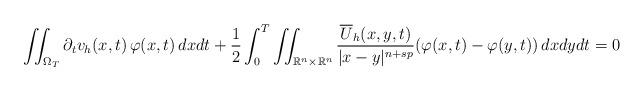
LaTeX: \begin{align*}& \iint_{\Omega_T} \partial_tv_h(x,t)\, \varphi(x,t) \,dxdt+\frac{1}{2}\int_0^T\iint_{\mathbb{R}^n \times \mathbb{R}^n}\dfrac{\overline{U}_h(x,y,t)}{ |x-y|^{n+sp}}(\varphi(x,t)-\varphi(y,t)) \,dxdydt =0\end{align*}